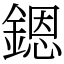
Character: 𨪜